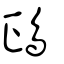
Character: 鴊